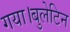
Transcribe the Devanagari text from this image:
गया।बुलेटिन